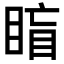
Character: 𥇋